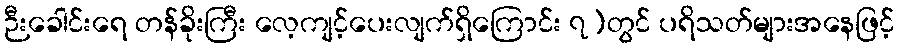
ဉီးခေါင်းရေ တန်ခိုးကြီး လေ့ကျင့်ပေးလျက်ရှိကြောင်း ၇)တွင် ပရိသတ်များအနေဖြင့်